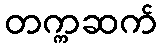
တက္ကဆက်